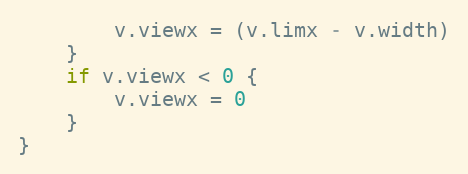
Language: Go
		v.viewx = (v.limx - v.width)
	}
	if v.viewx < 0 {
		v.viewx = 0
	}
}